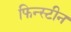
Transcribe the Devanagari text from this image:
फिन्स्टीन